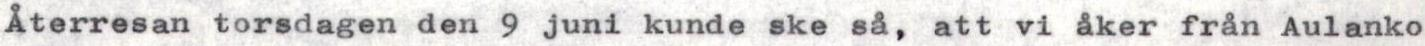
Återresan torsdagen den 9 juni kunde ske så, att vi åker från Aulanko